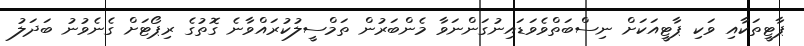
ޕާޓީތަކާއި ވަކި ޕާޓީއަކަށް ނިސްބަތްވެވަޑައިނުގަންނަވާ މެންބަރުން ތަމްސީލުކުރައްވާނެ ގޮތުގެ ރިޕޯޓަށް ގެނެވުނު ބަދަލު